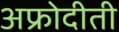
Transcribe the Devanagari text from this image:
अफ्रोदीती